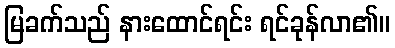
မြခက်သည် နားထောင်ရင်း ရင်ခုန်လာ၏။